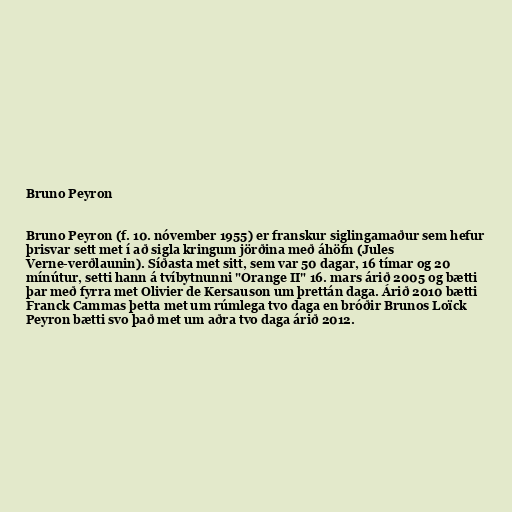
Bruno Peyron

Bruno Peyron (f. 10. nóvember 1955) er franskur siglingamaður sem hefur
þrisvar sett met í að sigla kringum jörðina með áhöfn (Jules
Verne-verðlaunin). Síðasta met sitt, sem var 50 dagar, 16 tímar og 20
mínútur, setti hann á tvíbytnunni "Orange II" 16. mars árið 2005 og bætti
þar með fyrra met Olivier de Kersauson um þrettán daga. Árið 2010 bætti
Franck Cammas þetta met um rúmlega tvo daga en bróðir Brunos Loïck
Peyron bætti svo það met um aðra tvo daga árið 2012.